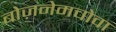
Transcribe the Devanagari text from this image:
बोज़नेमचोवा